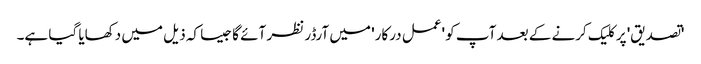
'تصدیق' پر کلیک کرنے کے بعد آپ کو 'عمل درکار' میں آرڈر نظر آئے گا جیسا کہ ذیل میں دکھایا گیا ہے۔